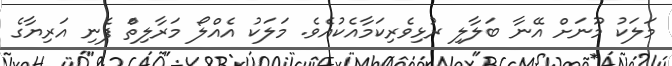
މަލަކު މޫނަށް އޭނާ ބަލާލި ރުޅިވެރިކަމާއެކުއެވެެ. މަލަކު އެއްލޯ މަރާލިތަް ފެނި އަރިޔާގެ